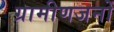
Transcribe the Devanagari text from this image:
ग्रामीणजनों